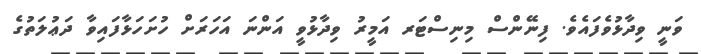
ވަނީ ވިދާޅުވެފައެވެ. ފިނޭންސް މިނިސްޓަރ އަމީރު ވިދާޅުވީ އަންނަ އަހަރަށް ހުށަހަޅާފައިވާ ދަޢުލަތުގެ